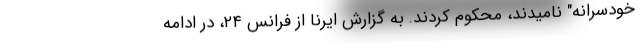
خودسرانه" نامیدند، محکوم کردند. به گزارش ایرنا از فرانس ۲۴، در ادامه